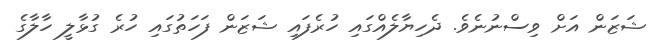
ޝަޒަން އަށް ވިސްނުނެވެ. ދެހިޔާލެއްގައި ހުރެފައި ޝަޒަން ފަހަތުގައި ހުރެ ގުޅާލީ ހާލާގެ